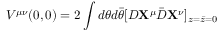
V ^ { \mu \nu } ( 0 , 0 ) = 2 \int d \theta d \bar { \theta } [ D { \bf X } ^ { \mu } { \bar { D } } { \bf X } ^ { \nu } ] _ { z = \bar { z } = 0 }